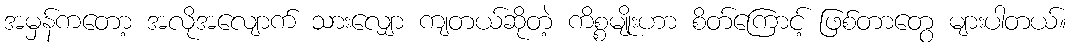
အမှန်ကတော့ အလိုအလျောက် သားလျှော ကျတယ်ဆိုတဲ့ ကိစ္စမျိုးဟာ စိတ်ကြောင့် ဖြစ်တာတွေ များပါတယ်။